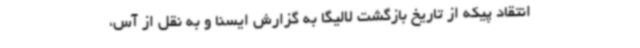
انتقاد پیکه از تاریخ بازگشت لالیگا به گزارش ایسنا و به نقل از آس،